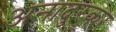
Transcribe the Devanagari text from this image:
अनादुरकर